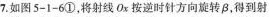
7.如图5-1-6①，将射线Ox按逆时针方向旋转β，得到射